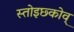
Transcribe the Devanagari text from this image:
स्तोइछ्कोव्